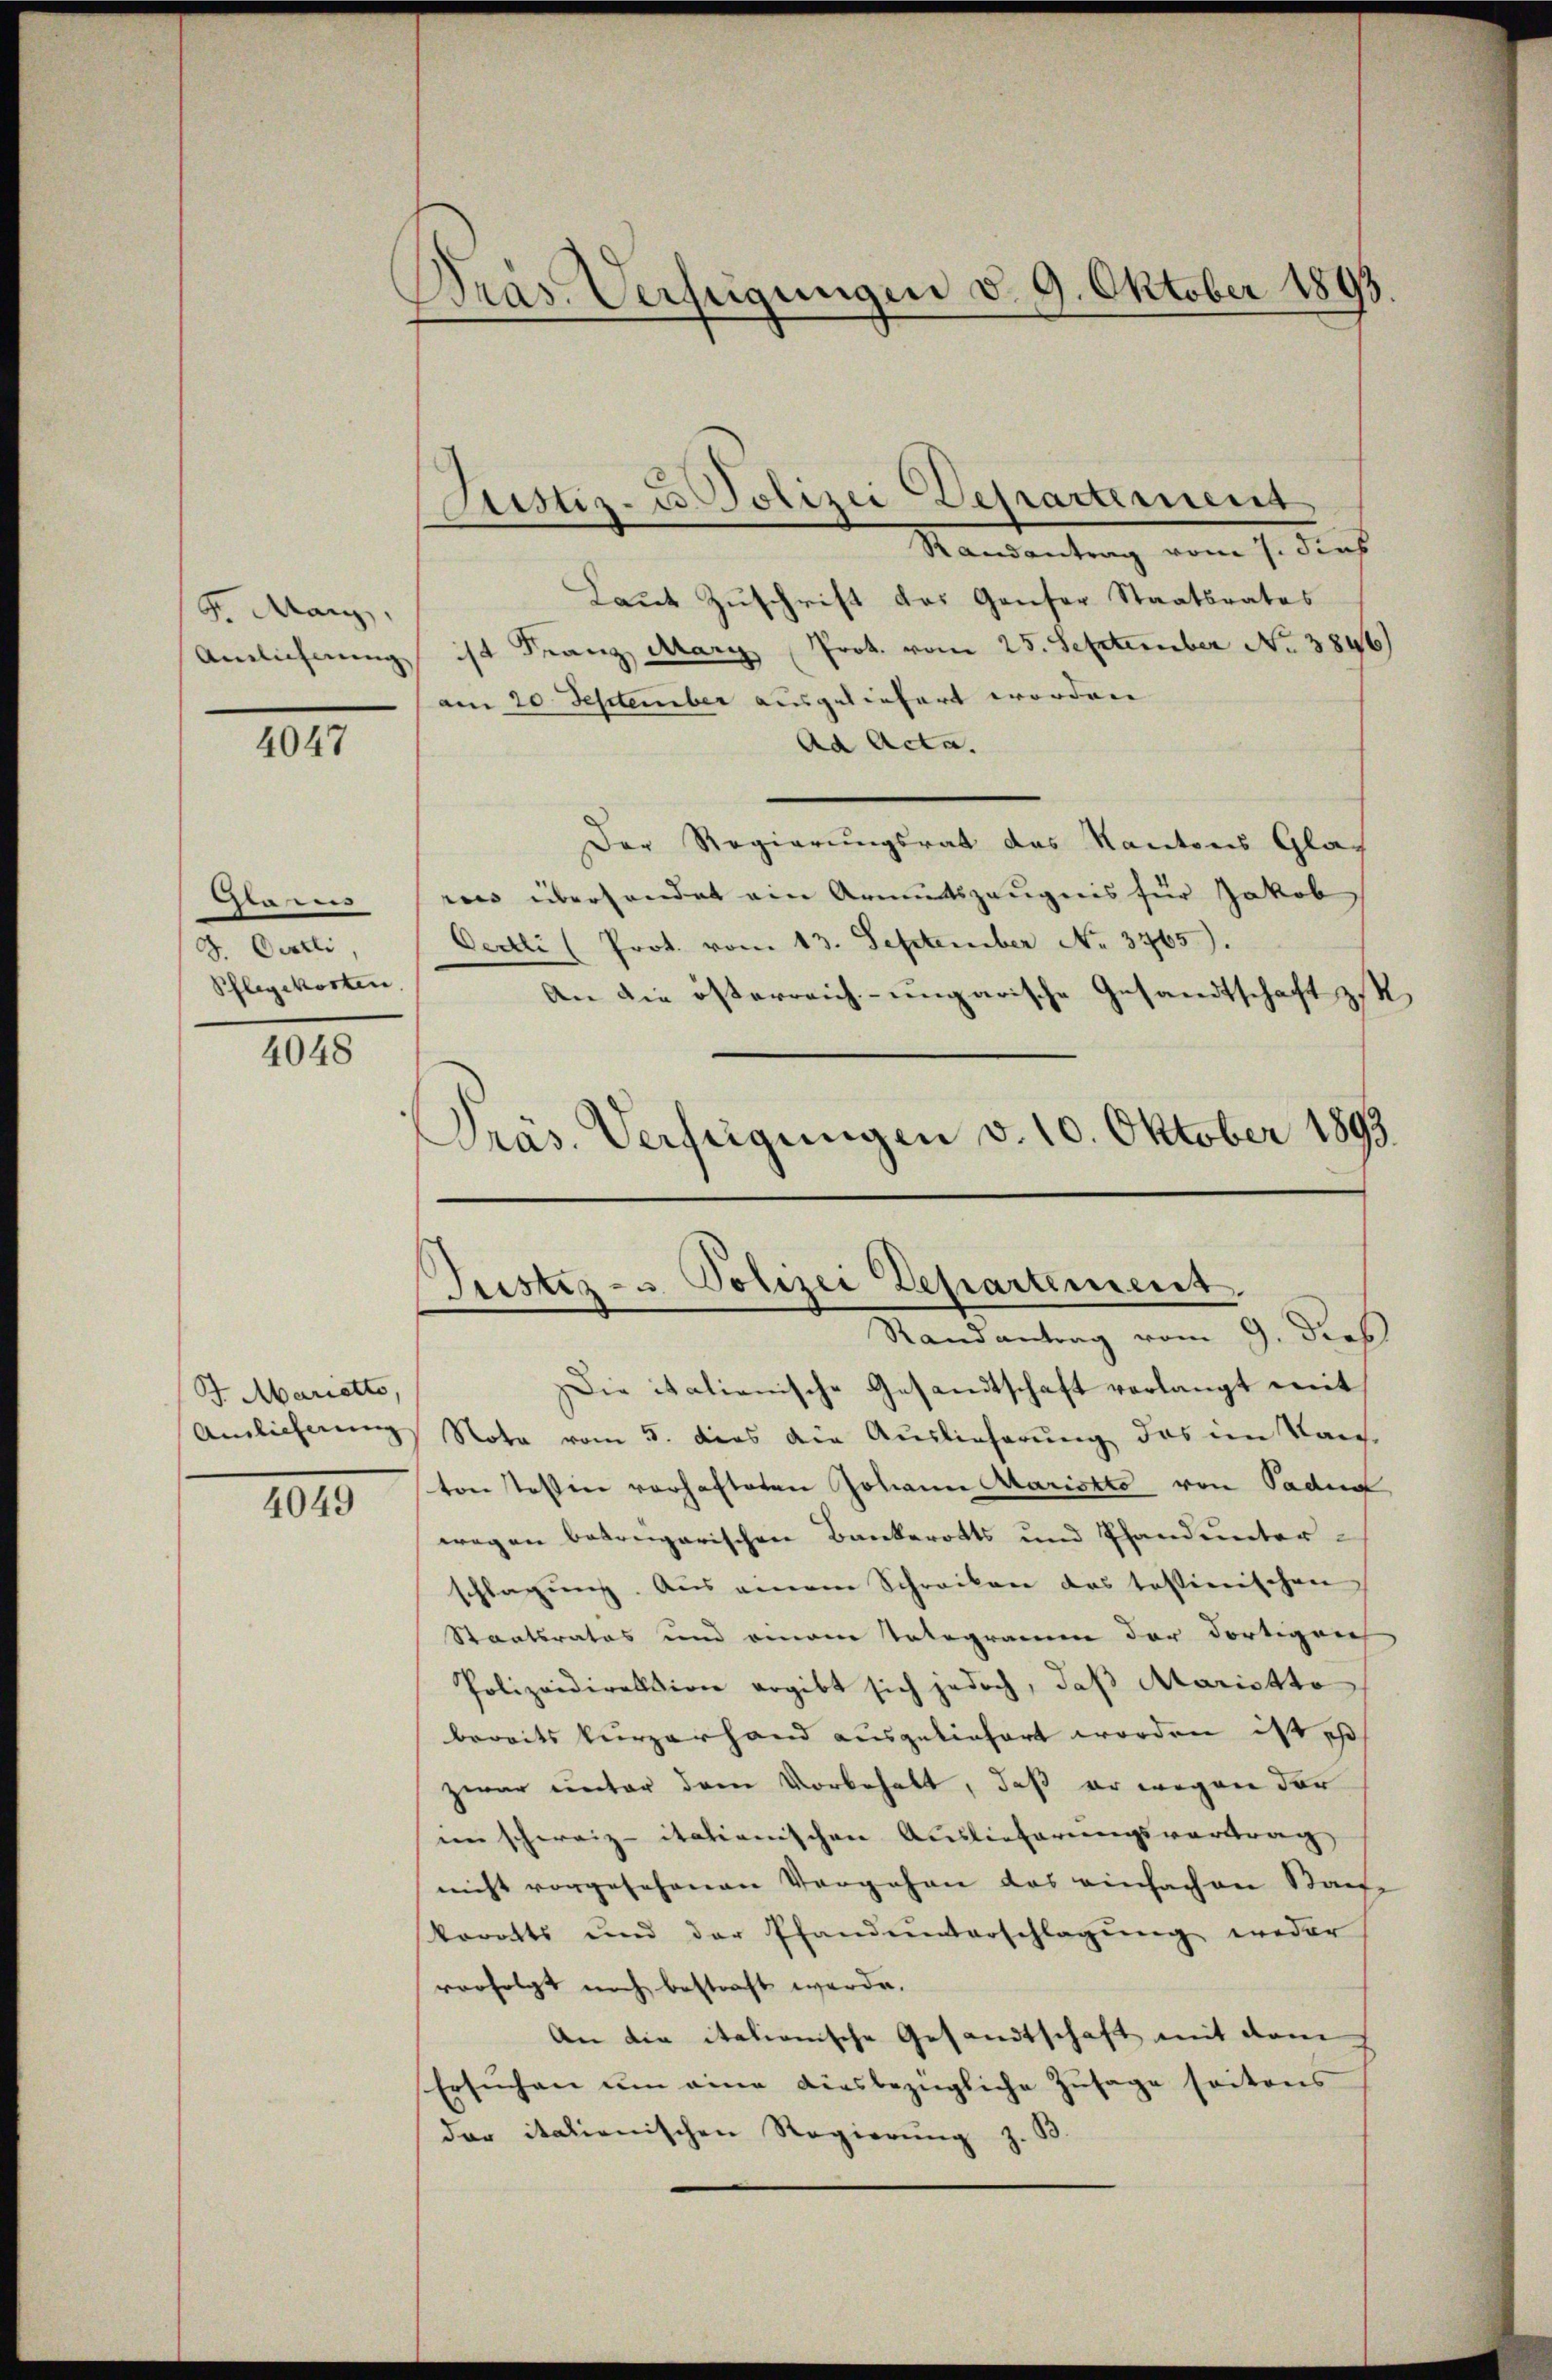
Pr. Marz,
Ainlichnung

4047

Grams
d. Oestli,
Pflegekosten.

4048

J. Marietto,
Amlicherung

4049

Dras Verfügungen d. 9. Oktober 1893.

Justiz- u. Polizei Departement

Randantrag vom 7. dies
Laut Zuschrift das Ganser Staatsrates
ist Franz Marg Prot. vom 25. September No. 3846)
am 20 September ausgeliefert worden
Ad Acta.
Der Regierungsrat das Kantons Glat
ries überhandet ein Armutszeugnis für Jakob
Oertli (Prot. vom 13. September No. 3765).
An die österreich-ungarische Gesandtschaft ist,
Präs. Verfeigungen v. 10. Oktober 1893.

Justiz- u Polizei Departement
Randantrag vom 9. Dieb

Die italienische Gesandtschaft verlangt mit
Note vom 5. dies die Auslieferung das im Kan-
ton stossen vorhafteten Johann Maristto von Padun
wegen betrengarischen Bankerotts und Pfand unterschlagung. Aus einem Schreiben des testinischen
Staatsrates und einem Telegramm der dortigen
Polizeidirektion ergibt sich jedoch, daß Maristto
bereits kurzerhand ausgeliefert worden ist est
zwar unter dem Vorbehalt, daß er wegen der
im schweiz. italienischen Auslieferungsvertrag,
nicht vorgesehenen Vorgehen das einfachen Staat |
korotts und der Pfandunterschlagŭng wieder
vorfolgt noch bestraft werde.
An die italionische Gesandtschaft mit dem
Ersuchen um eine diesbezügliche Zusage seitens
der italienischen Regierung z.